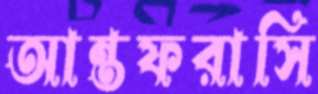
আন্তফরাসি